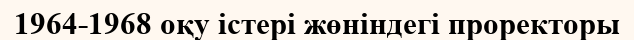
1964-1968 оқу істері жөніндегі проректоры